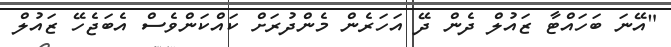
"އޭނަ ބަހައްޓާ ޒައުލް ދެން ދޭ އަހަރެން މެންދުރަށް ކައްކަންވެސް އެބަޖެހޭ ޒައުލް